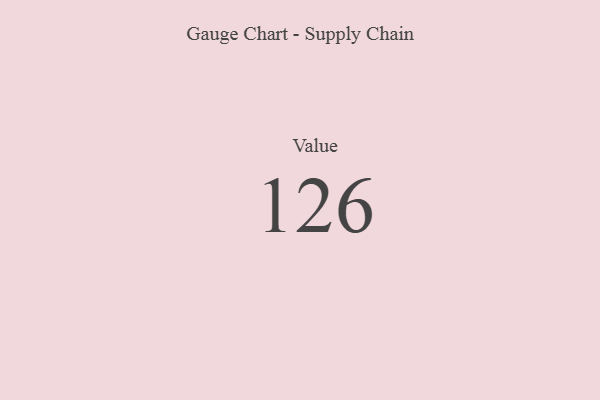
{"axis": {"x": "Metric", "y": "Value"}, "legend": [""], "data": [{"x": "Value", "y": 126, "type": ""}]}